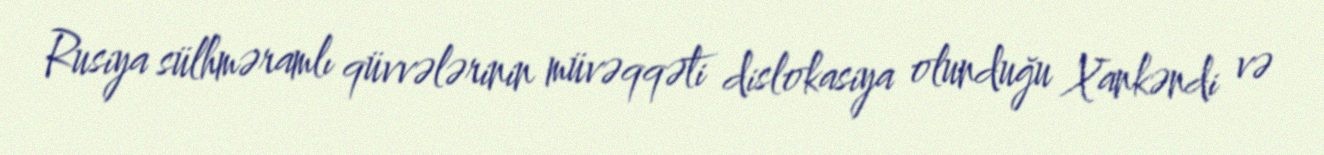
Rusiya sülhməramlı qüvvələrinin müvəqqəti dislokasiya olunduğu Xankəndi və